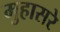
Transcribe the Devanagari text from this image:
मुहासरे